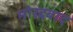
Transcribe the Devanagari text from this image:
मोरदबाद